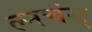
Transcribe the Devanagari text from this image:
ल्नचंस्